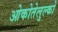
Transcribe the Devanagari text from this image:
ओकोतेलुल्को